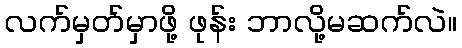
လက်မှတ်မှာဖို့ ဖုန်း ဘာလို့မဆက်လဲ။